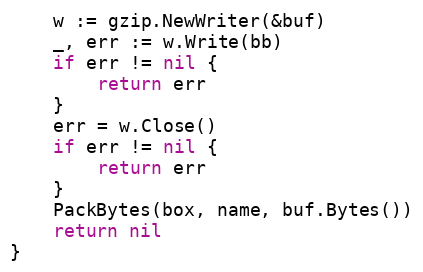
Language: Go
	w := gzip.NewWriter(&buf)
	_, err := w.Write(bb)
	if err != nil {
		return err
	}
	err = w.Close()
	if err != nil {
		return err
	}
	PackBytes(box, name, buf.Bytes())
	return nil
}